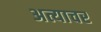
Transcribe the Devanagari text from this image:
अत्याचर